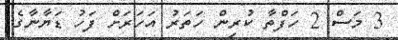
3 މަސް 2 ހަފްތާ ކުރިން ހަތަރު އަހަރަށް ފަހު ޑަޔާނާގެ